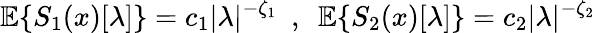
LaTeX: {\mathbb E}\{ S_{1}(x)[\lambda]\} =c_{1}|\lambda|^{-\zeta_{1}}~~,~~{\mathbb E}\{ S_{2}(x)[\lambda]\} =c_{2}|\lambda|^{-\zeta_{2}}